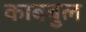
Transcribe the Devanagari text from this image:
काबबुल